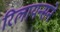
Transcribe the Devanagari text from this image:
रिलायन्सने